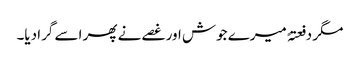
مگر دفعتہً میرے جوش اور غصے نے پھر اسے گرا دیا۔